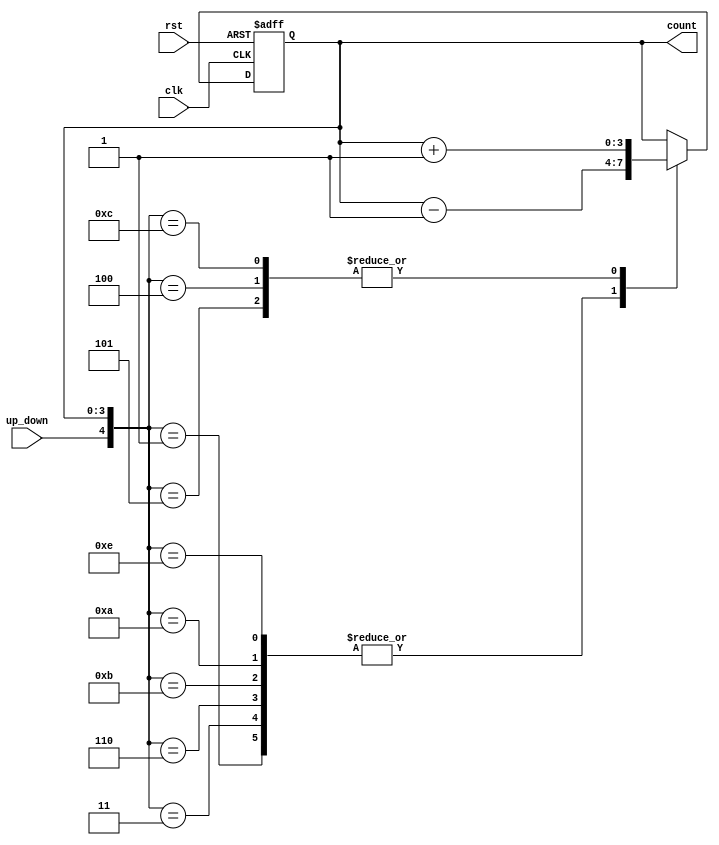
module gray_counter(
    input clk,
    input rst,
    input up_down,
    output reg [3:0] count
);

reg [3:0] next_count;

always @(posedge clk or posedge rst) begin
    if(rst) begin
        count <= 4'b0000;
    end else begin
        count <= next_count;
    end
end

always @* begin
    case({up_down, count})
        4'b00_000: next_count = count;
        4'b00_001: next_count = count - 1;
        4'b00_011: next_count = count - 1;
        4'b00_010: next_count = count;
        4'b00_110: next_count = count - 1;
        4'b00_111: next_count = count;
        4'b00_101: next_count = count + 1;
        4'b00_100: next_count = count + 1;
        4'b01_000: next_count = count;
        4'b01_001: next_count = count;
        4'b01_011: next_count = count - 1;
        4'b01_010: next_count = count - 1;
        4'b01_110: next_count = count - 1;
        4'b01_111: next_count = count;
        4'b01_101: next_count = count;
        4'b01_100: next_count = count + 1;
        4'b11_000: next_count = count + 1;
        4'b11_001: next_count = count;
        4'b11_011: next_count = count;
        4'b11_010: next_count = count - 1;
        4'b11_110: next_count = count;
        4'b11_111: next_count = count;
        4'b11_101: next_count = count + 1;
        4'b11_100: next_count = count + 1;
        default: next_count = count;
    endcase
end

endmodule